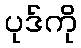
ပုဒ်ကို